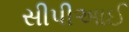
સીપીઆઈ